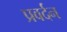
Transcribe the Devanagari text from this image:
प्रवर्दन